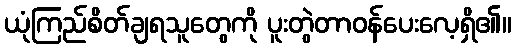
ယုံကြည်စိတ်ချရသူတွေကို ပူးတွဲတာဝန်ပေးလေ့ရှိ၏။